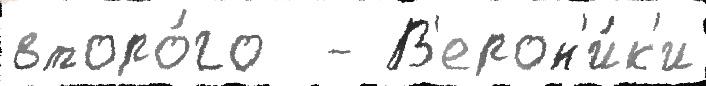
второ́го  - В'ерон'и́к'и